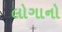
લોગાનો